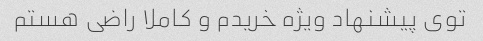
توی پیشنهاد ویژه خریدم و کاملا راضی هستم